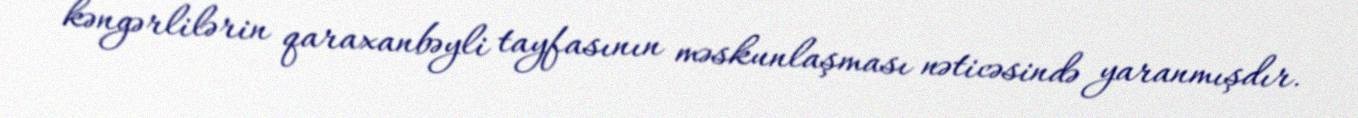
kəngərlilərin qaraxanbəyli tayfasının məskunlaşması nəticəsində yaranmışdır.